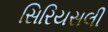
સિરિયસલી